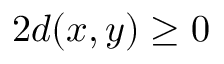
2 d ( x , y ) \geq 0